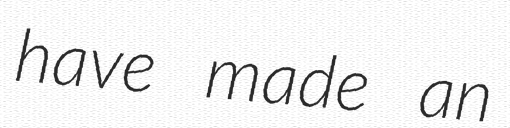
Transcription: have made an